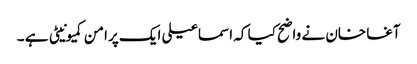
آغا خان نے واضح کیا کہ اسماعیلی ایک پرامن کمیونیٹی ہے ۔